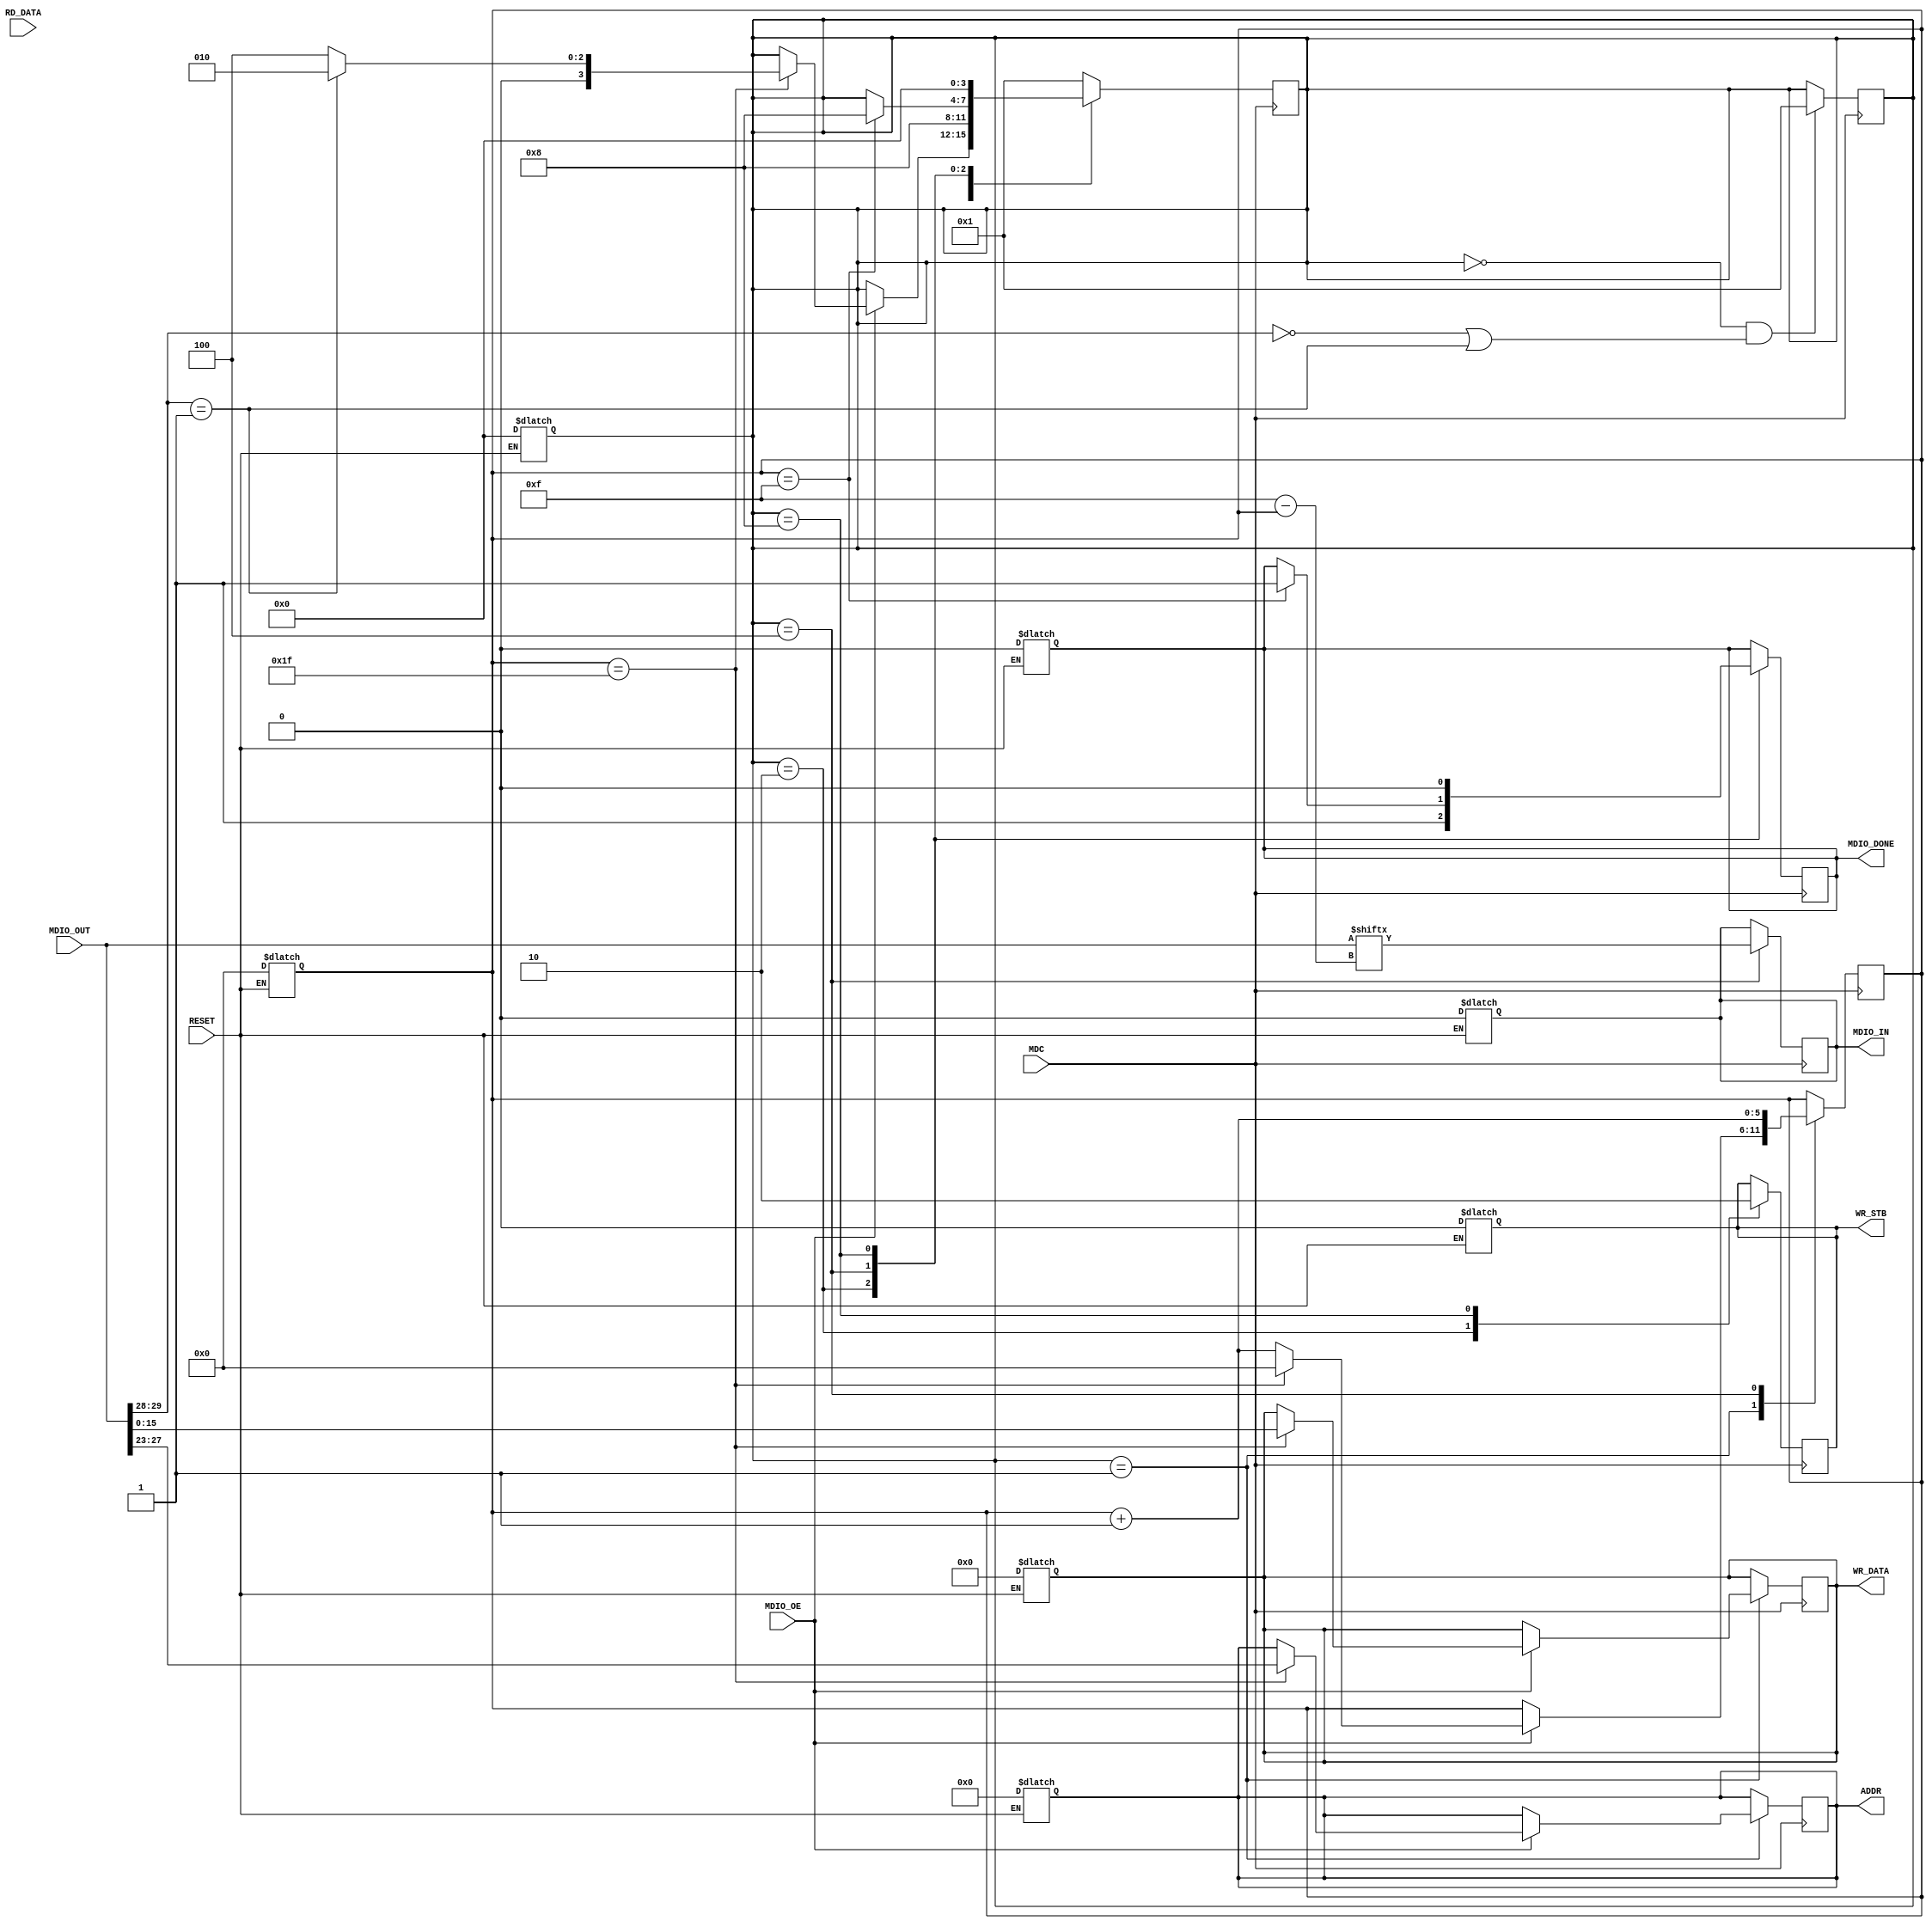
/******************************
* Codigo de receptor MDIO
*
*   Jose Flores
*   Antonio Franchi
*   Sebastian Rojas
*******************************/


module receptor_mdio(
    input MDC,
    input RESET,
    input [31:0] MDIO_OUT,
    input MDIO_OE,
    input [15:0] RD_DATA,
    output reg MDIO_DONE,
    output reg MDIO_IN,
    output reg [4:0] ADDR,
    output reg [15:0] WR_DATA,
    output reg WR_STB   // Indica que los datos de WR_DATA y ADDR son validos
);

// Parametros locales para los estados de la FSM usando OneHot
localparam  IDLE = 4'b0000,    // Estado base (ground state)
            START = 4'b0001,   // Estado de Inicio/espera
            WRITE = 4'b0010,  // Estado de escritura
            READ = 4'b0100,   // Estado de lectura
            DONE = 4'b1000;   // Estado de transaccion completada

// "Input" MDIO_OUT
reg MDIO_OUT1;

// Variables internas para la FSM
reg [3:0] state;
reg [5:0] data_counter;
reg [31:0] shift_reg; // Reg de desplazameinto para guardar los bits de entrada
reg internal_rst = 0;     // Seal de reinicio interno

// Variables intenas para las posiciones del frame format de Basic MDIO
reg [1:0] ST, OP, TA;
reg [4:0] PHYADDR, REGADDR;
reg [15:0] DATA;

// Asignacion de posiciones del frame format de Basic MDIO
always @(*) begin
    ST = MDIO_OUT[31:30];
    OP = MDIO_OUT[29:28];
    PHYADDR = MDIO_OUT[27:23];
    REGADDR = MDIO_OUT[22:18];
    TA = MDIO_OUT[17:16];
    DATA = MDIO_OUT[15:0];

    if (!RESET || internal_rst) begin
        // Se reinician de todas las seales
        state <= IDLE;
        MDIO_DONE <= 0;
        MDIO_IN <= 0;
        ADDR <= 0;
        WR_DATA <= 0;
        WR_STB <= 0;
        data_counter <= 0;
        internal_rst <= 0;
    end
end

always @(posedge MDC)begin
    if (state == IDLE && (OP == 2'b00 || OP == 2'b01))
        state <= START;
end

always @(posedge MDC) begin
        // Logica de la FSM
        case (state)
            // Estado de Inicio
            START: begin
                if (MDIO_OE) begin
                    MDIO_OUT1 <= MDIO_OUT[31 - data_counter];
                    data_counter <= data_counter + 1;
                    if (data_counter == 31) begin
                        // Proximo estado basado en el tipo de OP
                        state <= (OP == 2'b01) ? WRITE : READ;
                        ADDR <= PHYADDR;  // Asigna la dir desde el registro de desplazamiento
                        WR_DATA <= DATA;  // Asigna datos de escritura desde el registro de desplazamiento
                        data_counter <= 0;
                    end
                end
            end
            // Estado de escritura
            WRITE: begin
                WR_STB <= 1;  // Indica datos son validos para Write
                MDIO_DONE <= 1; 
                state <= DONE;  // Pasa al estado de transaccion completada
            end
            // Estado de lectura
            READ: begin
                MDIO_IN <= MDIO_OUT[15 - data_counter];  // Enviar datos de lectura desde RD_DATA
                data_counter <= data_counter + 1;
                if (data_counter == 15) begin
                    MDIO_DONE <= 1;
                    state <= DONE;
                end
            end
            // Estado de transaccion completada
            DONE: begin
                WR_STB <= 0;  // Desactiva seal de escritra
                MDIO_DONE <= 0; // Desactiva seal de transac completada
                state <= IDLE;  // Pasa a estado de base
                internal_rst <= 1;
            end
            // Estado por default
            default: state = START;
        endcase
    end


endmodule